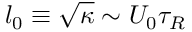
l _ { 0 } \equiv \sqrt { \kappa } \sim U _ { 0 } \tau _ { R }